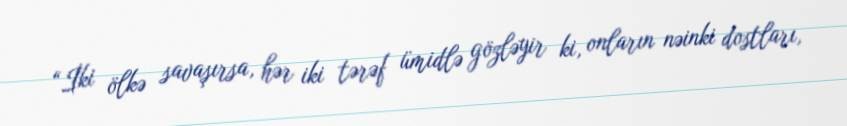
“İki ölkə savaşırsa, hər iki tərəf ümidlə gözləyir ki, onların nəinki dostları,